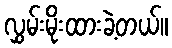
လွှမ်းမိုးထားခဲ့တယ်။